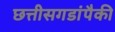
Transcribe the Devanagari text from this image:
छत्तीसगडांपैकी